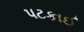
પટકાઈ